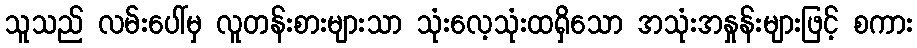
သူသည် လမ်းပေါ်မှ လူတန်းစားများသာ သုံးလေ့သုံးထရှိသော အသုံးအနှုန်းများဖြင့် စကား